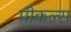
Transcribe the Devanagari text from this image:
पीकल्स